Report of the Imperial Institute of Veterinary Research, Muktesar
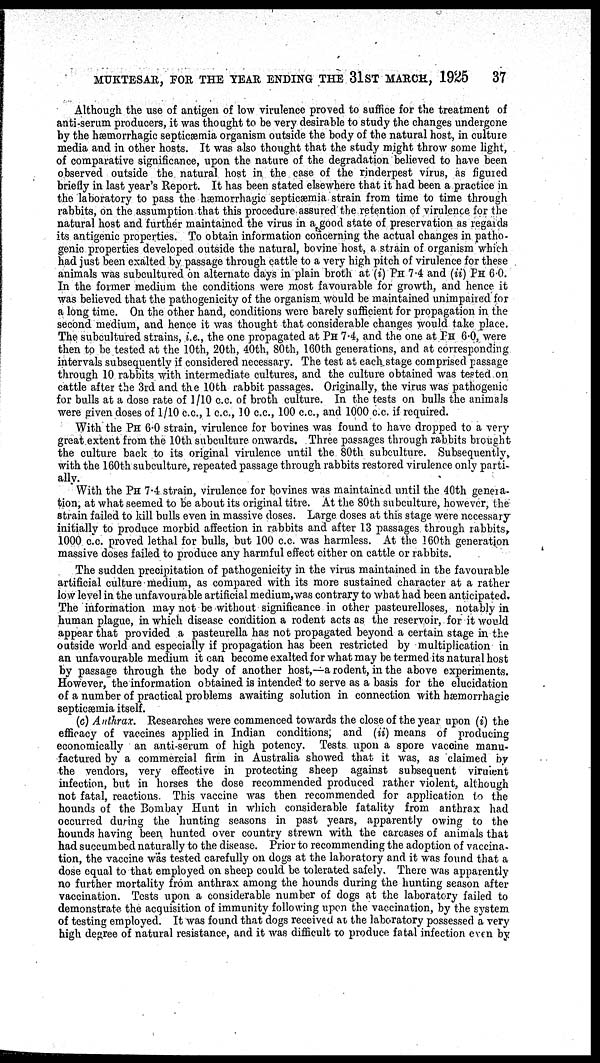
MUKTESAR, FOR THE YEAR ENDING THE 31ST MARCH, 1925
37
Although the use of antigen of low virulence proved to suffice for the treatment of
anti-serum producers, it was thought to be very desirable to study the changes undergone
by the hæmorrhagic septicæmia organism outside the body of the natural host, in culture
media and in other hosts. It was also thought that the study might throw some light,
of comparative significance, upon the nature of the degradation believed to have been
observed outside the natural host in the case of the rinderpest virus, as figured
briefly in last year's Report. It has been stated elsewhere that it had been a practice in
the laboratory to pass the hæmorrhagic septicæmia strain from time to time through
rabbits, on the assumption that this procedure assured the retention of virulence for the
natural host and further maintained the virus in a good state of preservation as regards
its antigenic properties. To obtain information concerning the actual changes in patho-
genic properties developed outside the natural, bovine host, a strain of organism which
had just been exalted by passage through cattle to a very high pitch of virulence for these
animals was subcultured on alternate days in plain broth at (i) PH 7.4 and (ii) PH 6.0.
In the former medium the conditions were most favourable for growth, and hence it
was believed that the pathogenicity of the organism would be maintained unimpaired for
a long time. On the other hand, conditions were barely sufficient for propagation in the
second medium, and hence it was thought that considerable changes would take place.
The subcultured strains, i.e., the one propagated at PH 7.4, and the one at.PH 6.0, were
then to be tested at the 10th, 20th, 40th, 80th, 160th generations, and at corresponding
intervals subsequently if considered necessary. The test at each stage comprised passage
through 10 rabbits with intermediate cultures, and the culture obtained was tested.on
cattle after the 3rd and the 10th rabbit passages. Originally, the virus was pathogenic
for bulls at a dose rate of 1/10 c.c. of broth culture. In the tests on bulls the animals
were given doses of 1/10 c.c., 1 c.c., 10 c.c., 100 c.c., and 1000 c.c. if required.
With the PH 6.0 strain, virulence for bovines was found to have dropped to a very
great extent from the 10th subculture onwards. Three passages through rabbits brought
the culture back to its original virulence until the. 80th subculture. Subsequently,
with the 160th subculture, repeated passage through rabbits restored virulence only parti-
ally.
With the PH 7.4. strain, virulence for bovines was maintained until the 40th genera-
tion, at what seemed to be about its original titre. At the 80th subculture, however, the
strain failed to kill bulls even in massive doses. Large doses at this stage were necessary
initially to produce morbid affection in rabbits and after 13 passages through rabbits,
1000 c.c. proved lethal for bulls, but 100 c.c. was harmless. At the 160th generation
massive doses failed to produce any harmful effect either on cattle or rabbits.
The sudden precipitation of pathogenicity in the virus maintained in the favourable
artificial culture medium, as compared with its more sustained character at a rather
low level in the unfavourable artificial medium,was contrary to what had been anticipated.
The information may not be without significance in other pasteurelloses, notably in
human plague, in which disease condition a rodent acts as the reservoir, for it would
appear that provided a pasteurella has not propagated beyond a certain stage in the
outside world and especially if propagation has been restricted by multiplication in
an unfavourable medium it can become exalted for what may be termed its natural host
by passage through the body of another host,—a rodent, in the above experiments.
However, the information obtained is intended to serve as a basis for the elucidation
of a number of practical problems awaiting solution in connection with hæmorrhagic
septicæmia itself.
(c) Anthrax. Researches were commenced towards the close of the year upon (i) the
efficacy of vaccines applied in Indian conditions; and (ii) means of producing
economically an anti-serum of high potency. Tests upon a spore vaccine manu-
factured by a commercial firm in Australia showed that it was, as claimed by
the vendors, very effective in protecting sheep against subsequent virulent
infection, but in horses the dose recommended produced rather violent, although
not fatal, reactions. This vaccine was then recommended for application to the
hounds of the Bombay Hunt in which considerable fatality from anthrax had
occurred during the hunting seasons in past years, apparently owing to the
hounds having been hunted over country strewn with the carcases of animals that
had succumbed naturally to the disease. Prior to recommending the adoption of vaccina-
tion, the vaccine was tested carefully on dogs at the laboratory and it was found that a
dose equal to that employed on sheep could be tolerated safely. There was apparently
no further mortality from anthrax among the hounds during the hunting season after
vaccination. Tests upon a considerable number of dogs at the laboratory failed to
demonstrate the acquisition of immunity following upon the vaccination, by the system
of testing employed. It was found that dogs received at the laboratory possessed a very
high degree of natural resistance, and it was difficult to produce fatal infection even by